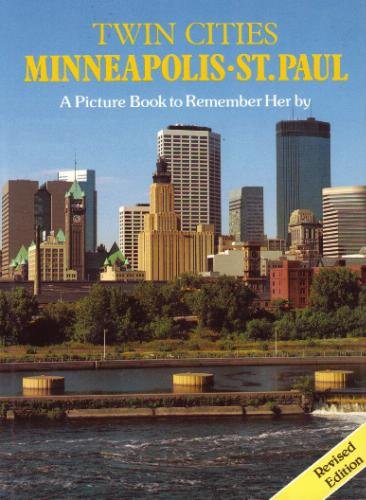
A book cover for Picture Book to Remember Her By: Twin Cities (A Picture Book to Remember Her By); Rh Value Publishing; Travel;